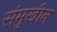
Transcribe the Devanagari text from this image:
संमुखीन